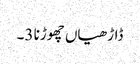
ڈاڑھیاں چھوڑنا 3۔